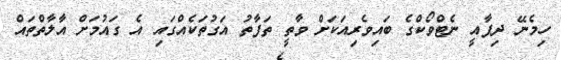
ހިމެނޭ ދިފާއީ ނެޓްވޯކްގެ ބައިވެރިއަކަށް ވާތީ ތަފާތު އަގުތަކެއްގައި އެ ގައުމަށް އާލާތްތައް